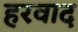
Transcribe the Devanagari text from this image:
हरवाद